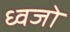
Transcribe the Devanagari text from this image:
ध्वजो